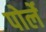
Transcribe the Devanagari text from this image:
पोर्ले